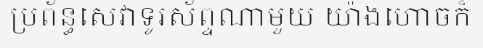
ប្រព័ន្ធសេវាទូរស័ព្ទណាមួយ យ៉ាងហោចក៏